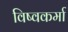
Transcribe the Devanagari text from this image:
विष्वकर्मा